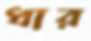
ধার